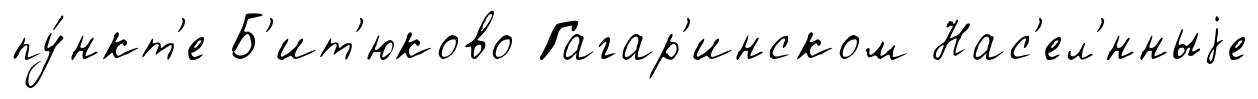
пу́нкт'е Б'ит'юково Гагар'инском Нас'ел'́нныjе